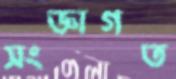
সংজ্ঞাগত